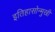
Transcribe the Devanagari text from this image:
इतिहासोन्मुखी